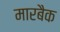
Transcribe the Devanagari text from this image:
मारबैक